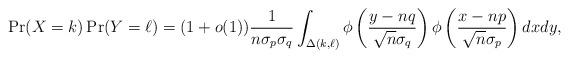
LaTeX: \begin{align*}\Pr(X = k) \Pr(Y = \ell) = (1+o(1)) \frac{1}{n \sigma_p \sigma_q}\int_{\Delta(k,\ell)} \phi \left( \frac{y-nq}{\sqrt{n} \sigma_q} \right)\phi \left( \frac{x-np}{\sqrt{n} \sigma_p} \right) dx dy,\end{align*}